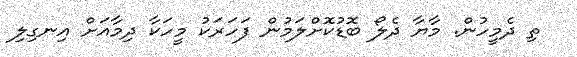
ތި ދެމީހުން. މާޔާ ދެލޯ ބޮޑުކޮށްލަމުން ފަހަރަކު މީހަކާ ދިމާއަށް އިނގިލި